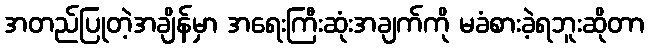
အတည်ပြုတဲ့အချိန်မှာ အရေးကြီးဆုံးအချက်ကို မခံစားခဲ့ရဘူးဆိုတာ